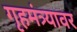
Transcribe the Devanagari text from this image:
गृहमंत्र्यावर